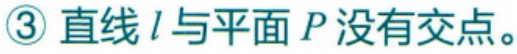
\textcircled{3} 直线\(l\)与平面\(P\)没有交点。